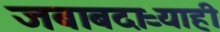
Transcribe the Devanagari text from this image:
जबाबदाऱ्याही